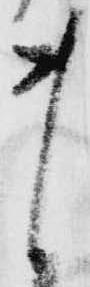
ま